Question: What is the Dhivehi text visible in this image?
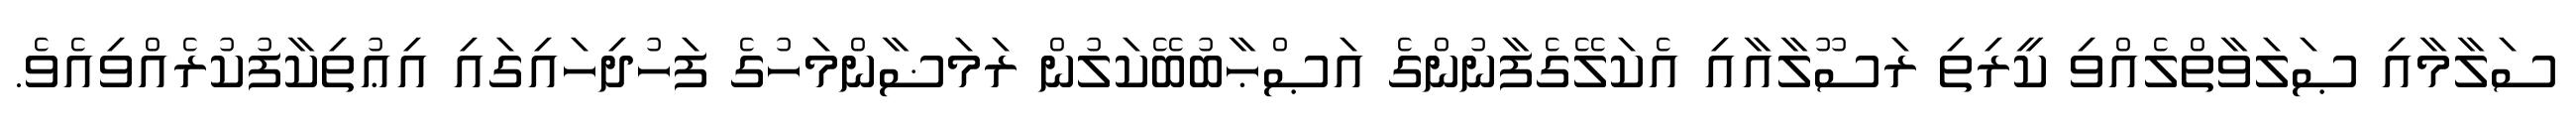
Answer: ސަލާމާއި ޞަލަވާތްލެއްވި ކީރިތި ރަސޫލާއާއި އެކަލޭގެފާނުންގެ އަޞްޙާބުބޭކަލުން ރަމަޟާންމަހުގެ ފަހުދިހައިގައި އިޢުތިކާފުކުރެއްވިއެވެ.